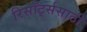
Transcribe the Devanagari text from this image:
रिसॉर्ट्ससाठी